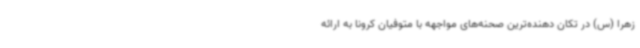
زهرا (س) در تکان دهنده‌ترین صحنه‌های مواجهه با متوفیان کرونا به ارائه